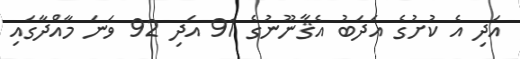
އަދި އެ ކުށުގެ އަދަބު އެޤާނޫނުގެ 91 އަދި 92 ވަނަ މާއްދާގައި